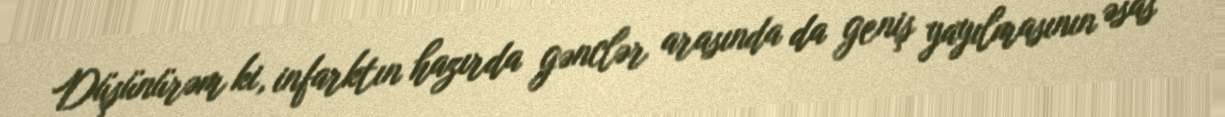
Düşünürəm ki, infarktın hazırda gənclər arasında da geniş yayılmasının əsas